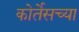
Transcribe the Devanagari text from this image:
कोर्तेसच्या